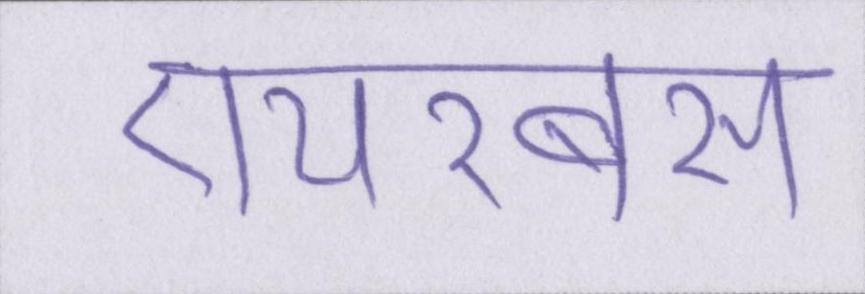
एयरबस